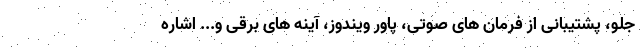
جلو، پشتیبانی از فرمان های صوتی، پاور ویندوز، آینه های برقی و... اشاره